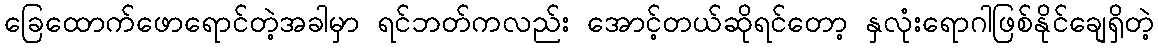
ခြေထောက်ဖောရောင်တဲ့အခါမှာ ရင်ဘတ်ကလည်း အောင့်တယ်ဆိုရင်တော့ နှလုံးရောဂါဖြစ်နိုင်ချေရှိတဲ့